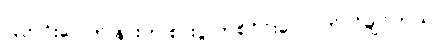
ပြတင်းပေါက် နားက စားပွဲ တစ်ဝိုင်းလောက်လိုချင်တယ်။